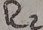
Text: R2